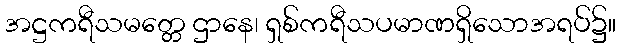
အဋ္ဌကရီသမတ္တေ ဌာနေ၊ ရှစ်ကရီသပမာဏရှိသောအရပ်၌။